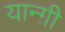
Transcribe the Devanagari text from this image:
यान्ग़ी